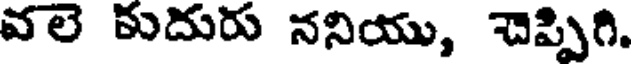
వలె కుదురు ననియు, చెప్పిగి.